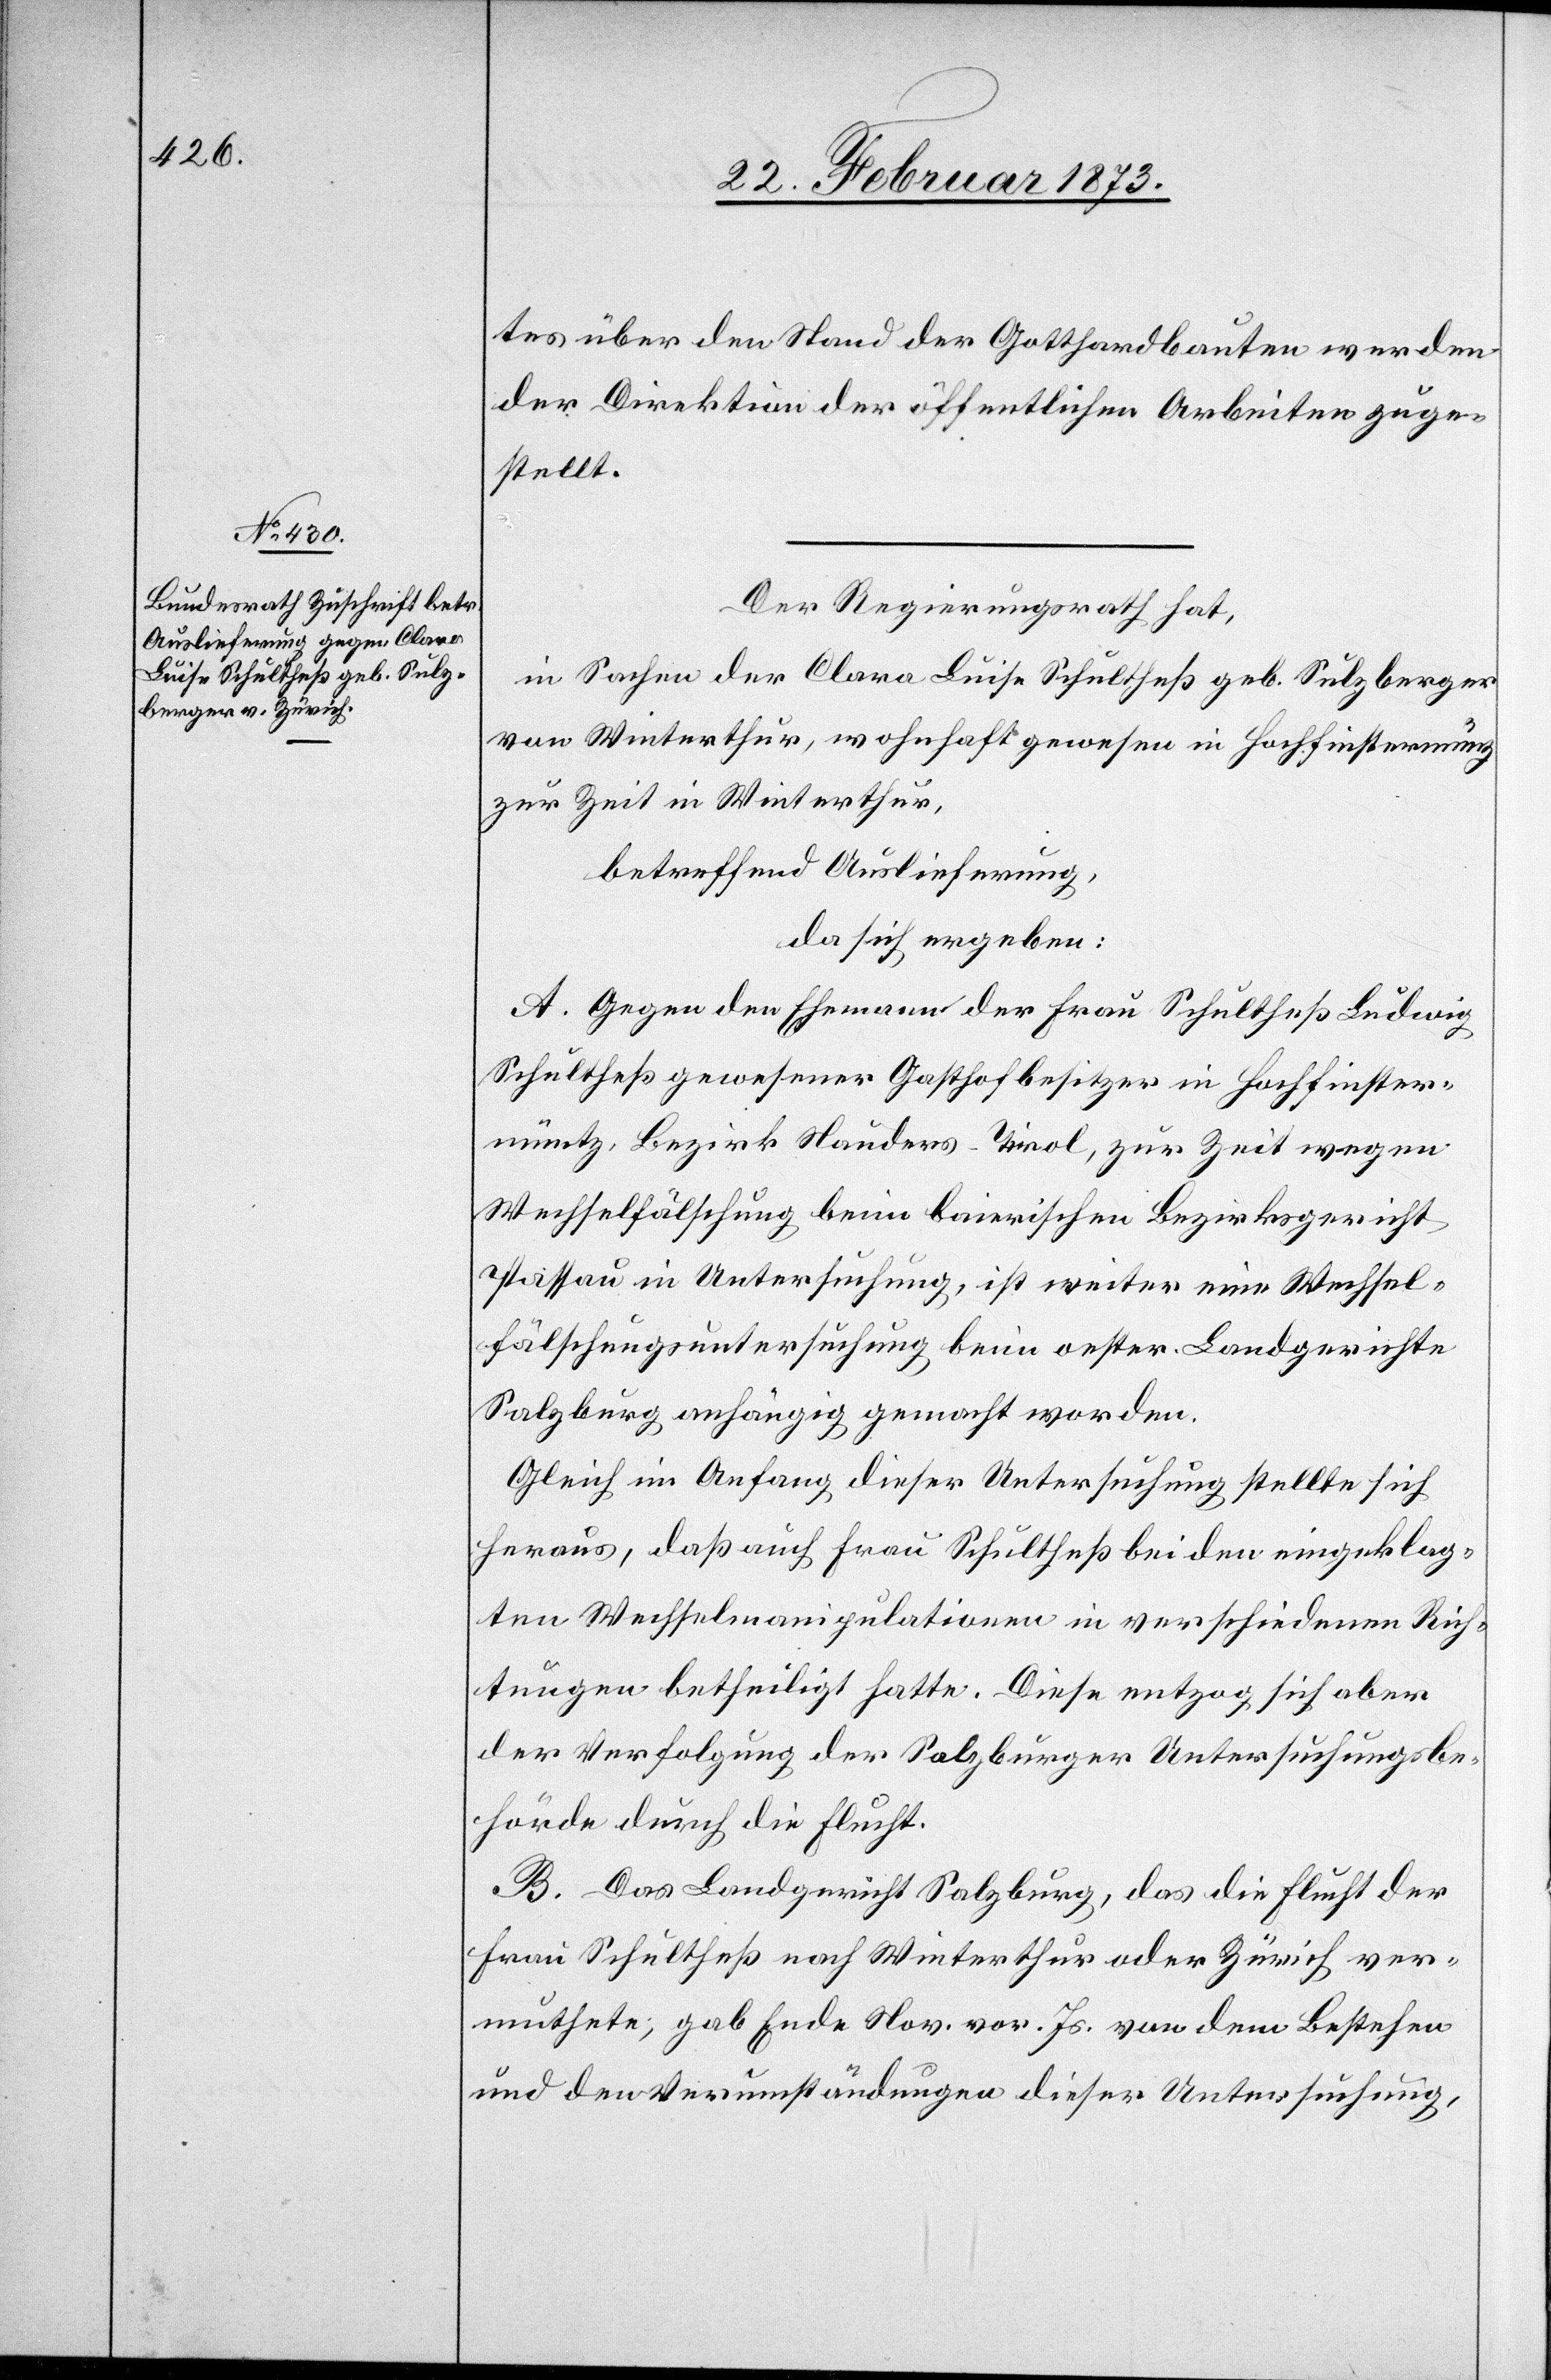
tes über den Stand der Gotthardbauten werden
der Direktion der öffentlichen Arbeiten zuge¬
stellt.
Der Regierungsrath hat,
in Sachen der Clara Luise Schultheß geb. Sulzberger
von Winterthur, wohnhaft gewesen in Hochfinstermünz
zur Zeit in Winterthur,
betreffend Auslieferung,
da sich ergeben:
A. Gegen den Ehemann der Frau Schultheß Ludwig
Schultheß gewesener Gasthofbesitzer in Hochfinstermüntz
Bezirk Nauders-Tirol, zur Zeit wegen
Wechselfälschung beim baierischen Bezirksgericht
Passau in Untersuchung, ist weiter eine Wechsel¬
fälschungsuntersuchung beim oester. Landgerichte
Salzburg anhängig gemacht worden.
Gleich im Anfang dieser Untersuchung stellte sich
heraus, daß [sich] auch Frau Schultheß bei den eingeklag¬
ten Wechselmanipulationen in verschiedenen Rich¬
tungen betheiligt hatte. Diese entzog sich aber
der Verfolgung der Salzburger Untersuchungsbe¬
hörde durch die Flucht.
B. Das Landgericht Salzburg, das die Flucht der
Frau Schultheß nach Winterthur oder Zürich ver¬
muthete; gab Ende Nov. vor. Js. von dem Bestehen
und den Verumständungen dieser Untersuchung,